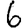
Digit: 6